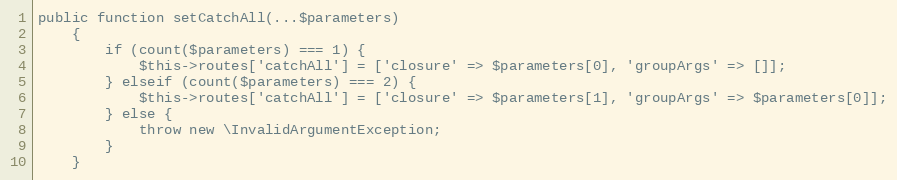
Language: PHP
public function setCatchAll(...$parameters)
    {
        if (count($parameters) === 1) {
            $this->routes['catchAll'] = ['closure' => $parameters[0], 'groupArgs' => []];
        } elseif (count($parameters) === 2) {
            $this->routes['catchAll'] = ['closure' => $parameters[1], 'groupArgs' => $parameters[0]];
        } else {
            throw new \InvalidArgumentException;
        }
    }